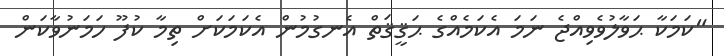
"ކަމަކާ ޙަވާލުވެވިއްޖެ ނަމަ އެކަމެއްގެ ޙަޤީޤަތް އެނގުމުން އެކަމަކަށް ތިމާ ކުފޫ ހަމަނުވާކަން